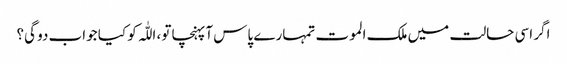
اگر اسی حالت میں ملک الموت تمہارے پاس آپہنچا تو، اللّٰہ کو کیا جواب دو گی؟